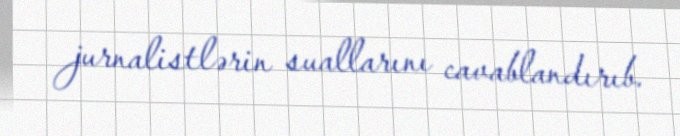
jurnalistlərin suallarını cavablandırıb.